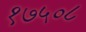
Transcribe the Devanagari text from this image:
१७५०८